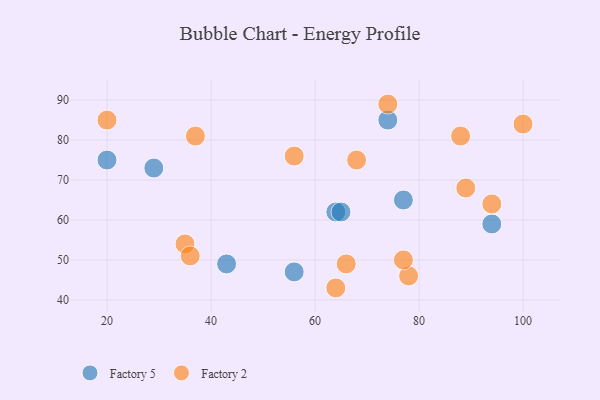
{"axis": {"x": "GDP", "y": "Life Expectancy"}, "legend": ["Factory 2", "Factory 5"], "data": [{"x": "74", "y": 85, "type": "Factory 5"}, {"x": "64", "y": 62, "type": "Factory 5"}, {"x": "20", "y": 75, "type": "Factory 5"}, {"x": "29", "y": 73, "type": "Factory 5"}, {"x": "56", "y": 47, "type": "Factory 5"}, {"x": "65", "y": 62, "type": "Factory 5"}, {"x": "43", "y": 49, "type": "Factory 5"}, {"x": "94", "y": 59, "type": "Factory 5"}, {"x": "77", "y": 65, "type": "Factory 5"}, {"x": "20", "y": 85, "type": "Factory 2"}, {"x": "66", "y": 49, "type": "Factory 2"}, {"x": "74", "y": 89, "type": "Factory 2"}, {"x": "89", "y": 68, "type": "Factory 2"}, {"x": "35", "y": 54, "type": "Factory 2"}, {"x": "78", "y": 46, "type": "Factory 2"}, {"x": "88", "y": 81, "type": "Factory 2"}, {"x": "68", "y": 75, "type": "Factory 2"}, {"x": "37", "y": 81, "type": "Factory 2"}, {"x": "100", "y": 84, "type": "Factory 2"}, {"x": "36", "y": 51, "type": "Factory 2"}, {"x": "77", "y": 50, "type": "Factory 2"}, {"x": "94", "y": 64, "type": "Factory 2"}, {"x": "56", "y": 76, "type": "Factory 2"}, {"x": "64", "y": 43, "type": "Factory 2"}]}